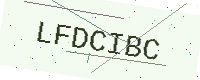
Text: LFDCIBC